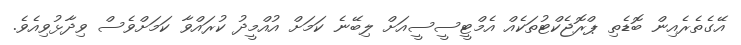
އޭގެތެރެއިން ބޮޑެތި ޕްރޮޖެކްޓުތަކެއް އެމްޓީސީސީއަށް ލިބޭނެ ކަމަށް އުއްމީދު ކުރައްވާ ކަމަށްވެސް ވިދާޅުވިއެވެ.